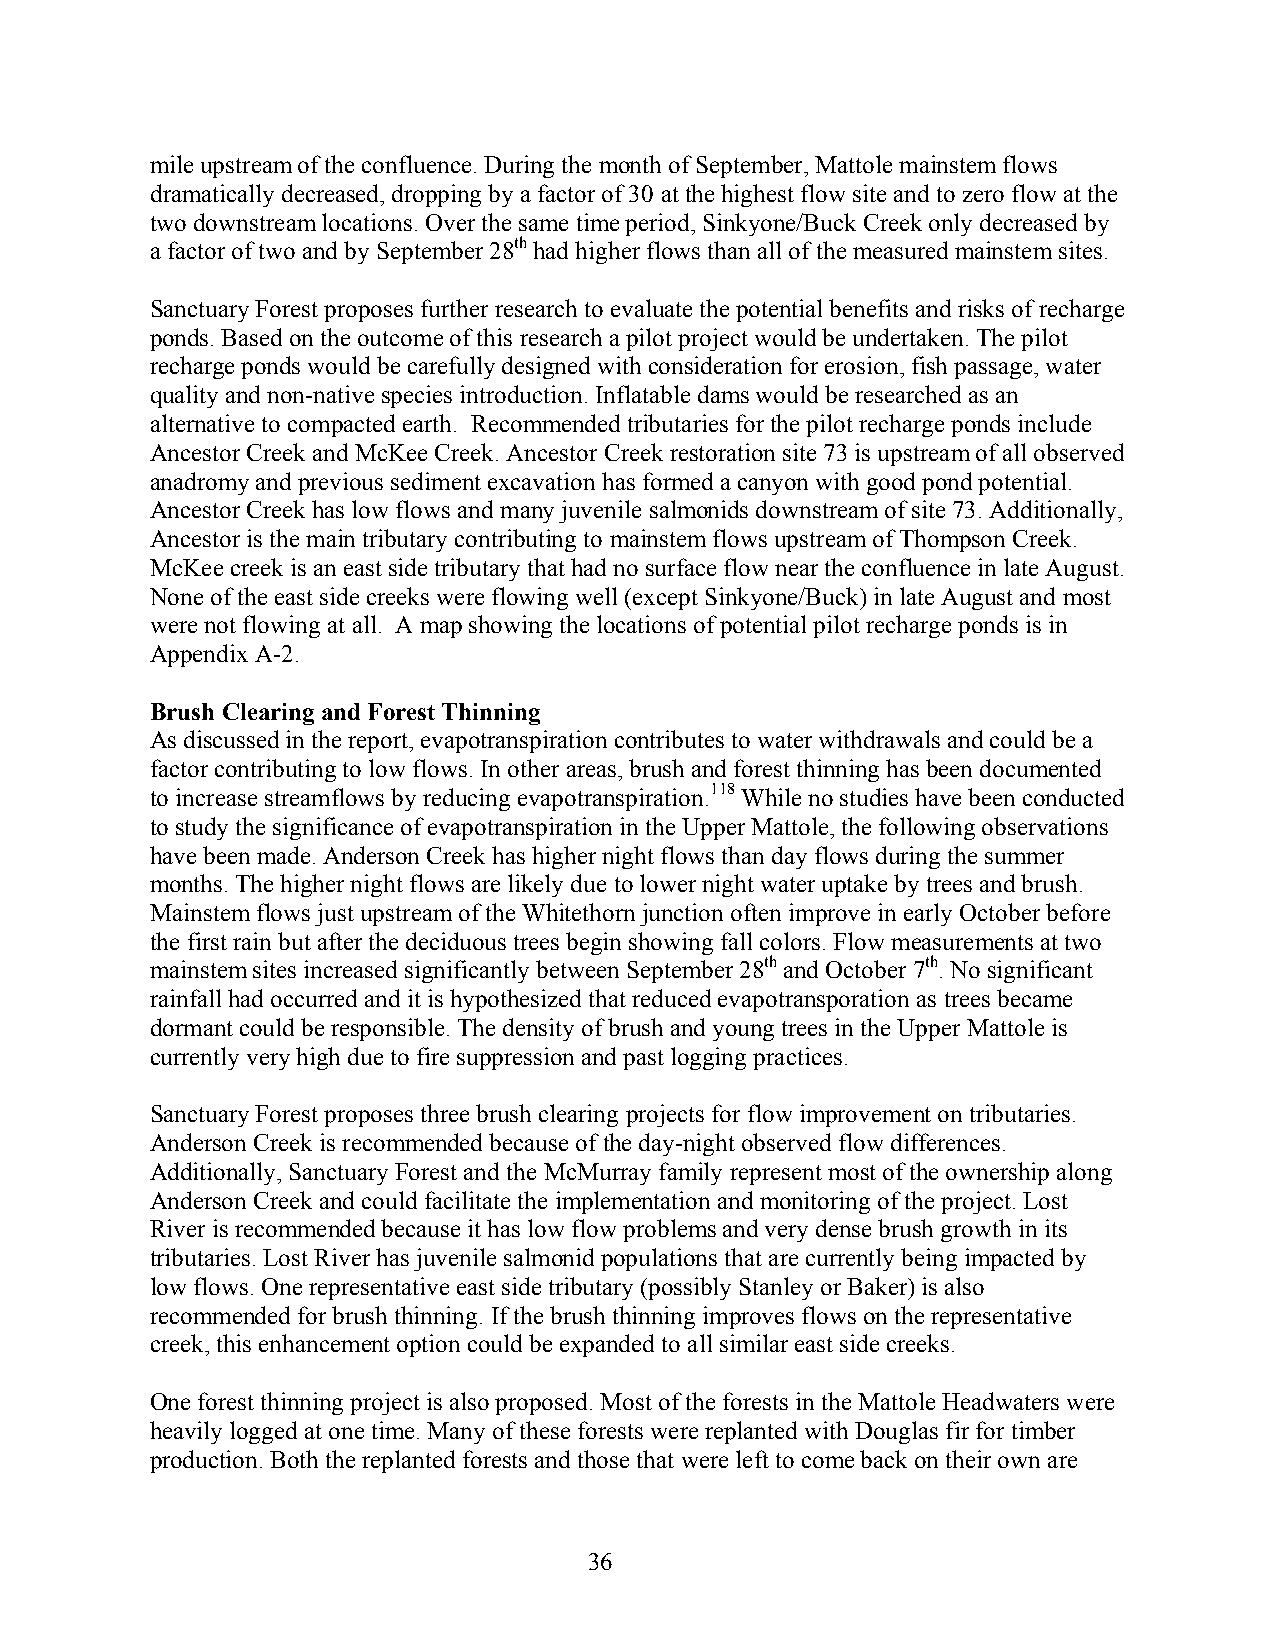
mile upstream of the confluence. During the month of September, Mattole mainstem flows
 dramatically decreased, dropping by a factor of 30 at the highest flow site and to zero flow at the
 two downstream locations. Over the same time period, Sinkyone/Buck Creek only decreased by
 a factor of two and by September 28th had higher flows than all of the measured mainstem sites.
 Sanctuary Forest proposes further research to evaluate the potential benefits and risks of recharge
 ponds. Based on the outcome of this research a pilot project would be undertaken. The pilot
 recharge ponds would be carefully designed with consideration for erosion, fish passage, water
 quality and non-native species introduction. Inflatable dams would be researched as an
 alternative to compacted earth. Recommended tributaries for the pilot recharge ponds include
 Ancestor Creek and McKee Creek. Ancestor Creek restoration site 73 is upstream of all observed
 anadromy and previous sediment excavation has formed a canyon with good pond potential.
 Ancestor Creek has low flows and many juvenile salmonids downstream of site 73. Additionally,
 Ancestor is the main tributary contributing to mainstem flows upstream of Thompson Creek.
 McKee creek is an east side tributary that had no surface flow near the confluence in late August.
 None of the east side creeks were flowing well (except Sinkyone/Buck) in late August and most
 were not flowing at all. A map showing the locations of potential pilot recharge ponds is in
 Appendix A-2.
 Brush Clearing and Forest Thinning
 As discussed in the report, evapotranspiration contributes to water withdrawals and could be a
 factor contributing to low flows. In other areas, brush and forest thinning has been documented
 to increase streamflows by reducing evapotranspiration.118 While no studies have been conducted
 to study the significance of evapotranspiration in the Upper Mattole, the following observations
 have been made. Anderson Creek has higher night flows than day flows during the summer
 months. The higher night flows are likely due to lower night water uptake by trees and brush.
 Mainstem flows just upstream of the Whitethorn junction often improve in early October before
 the first rain but after the deciduous trees begin showing fall colors. Flow measurements at two
 mainstem sites increased significantly between September 28th and October 7th. No significant
 rainfall had occurred and it is hypothesized that reduced evapotransporation as trees became
 dormant could be responsible. The density of brush and young trees in the Upper Mattole is
 currently very high due to fire suppression and past logging practices.
 Sanctuary Forest proposes three brush clearing projects for flow improvement on tributaries.
 Anderson Creek is recommended because of the day-night observed flow differences.
 Additionally, Sanctuary Forest and the McMurray family represent most of the ownership along
 Anderson Creek and could facilitate the implementation and monitoring of the project. Lost
 River is recommended because it has low flow problems and very dense brush growth in its
 tributaries. Lost River has juvenile salmonid populations that are currently being impacted by
 low flows. One representative east side tributary (possibly Stanley or Baker) is also
 recommended for brush thinning. If the brush thinning improves flows on the representative
 creek, this enhancement option could be expanded to all similar east side creeks.
 One forest thinning project is also proposed. Most of the forests in the Mattole Headwaters were
 heavily logged at one time. Many of these forests were replanted with Douglas fir for timber
 production. Both the replanted forests and those that were left to come back on their own are
 36